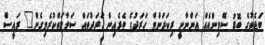
ބަޖެޓުގެ ބޮޑު ސޭވިންއެއް އަންނާނީ ރިކަރަންޓް ހަރަދުގެ ތެރެއިން ހަރަދުތައް ސަލާމަތްކުރެވިގެން" ރައީސް